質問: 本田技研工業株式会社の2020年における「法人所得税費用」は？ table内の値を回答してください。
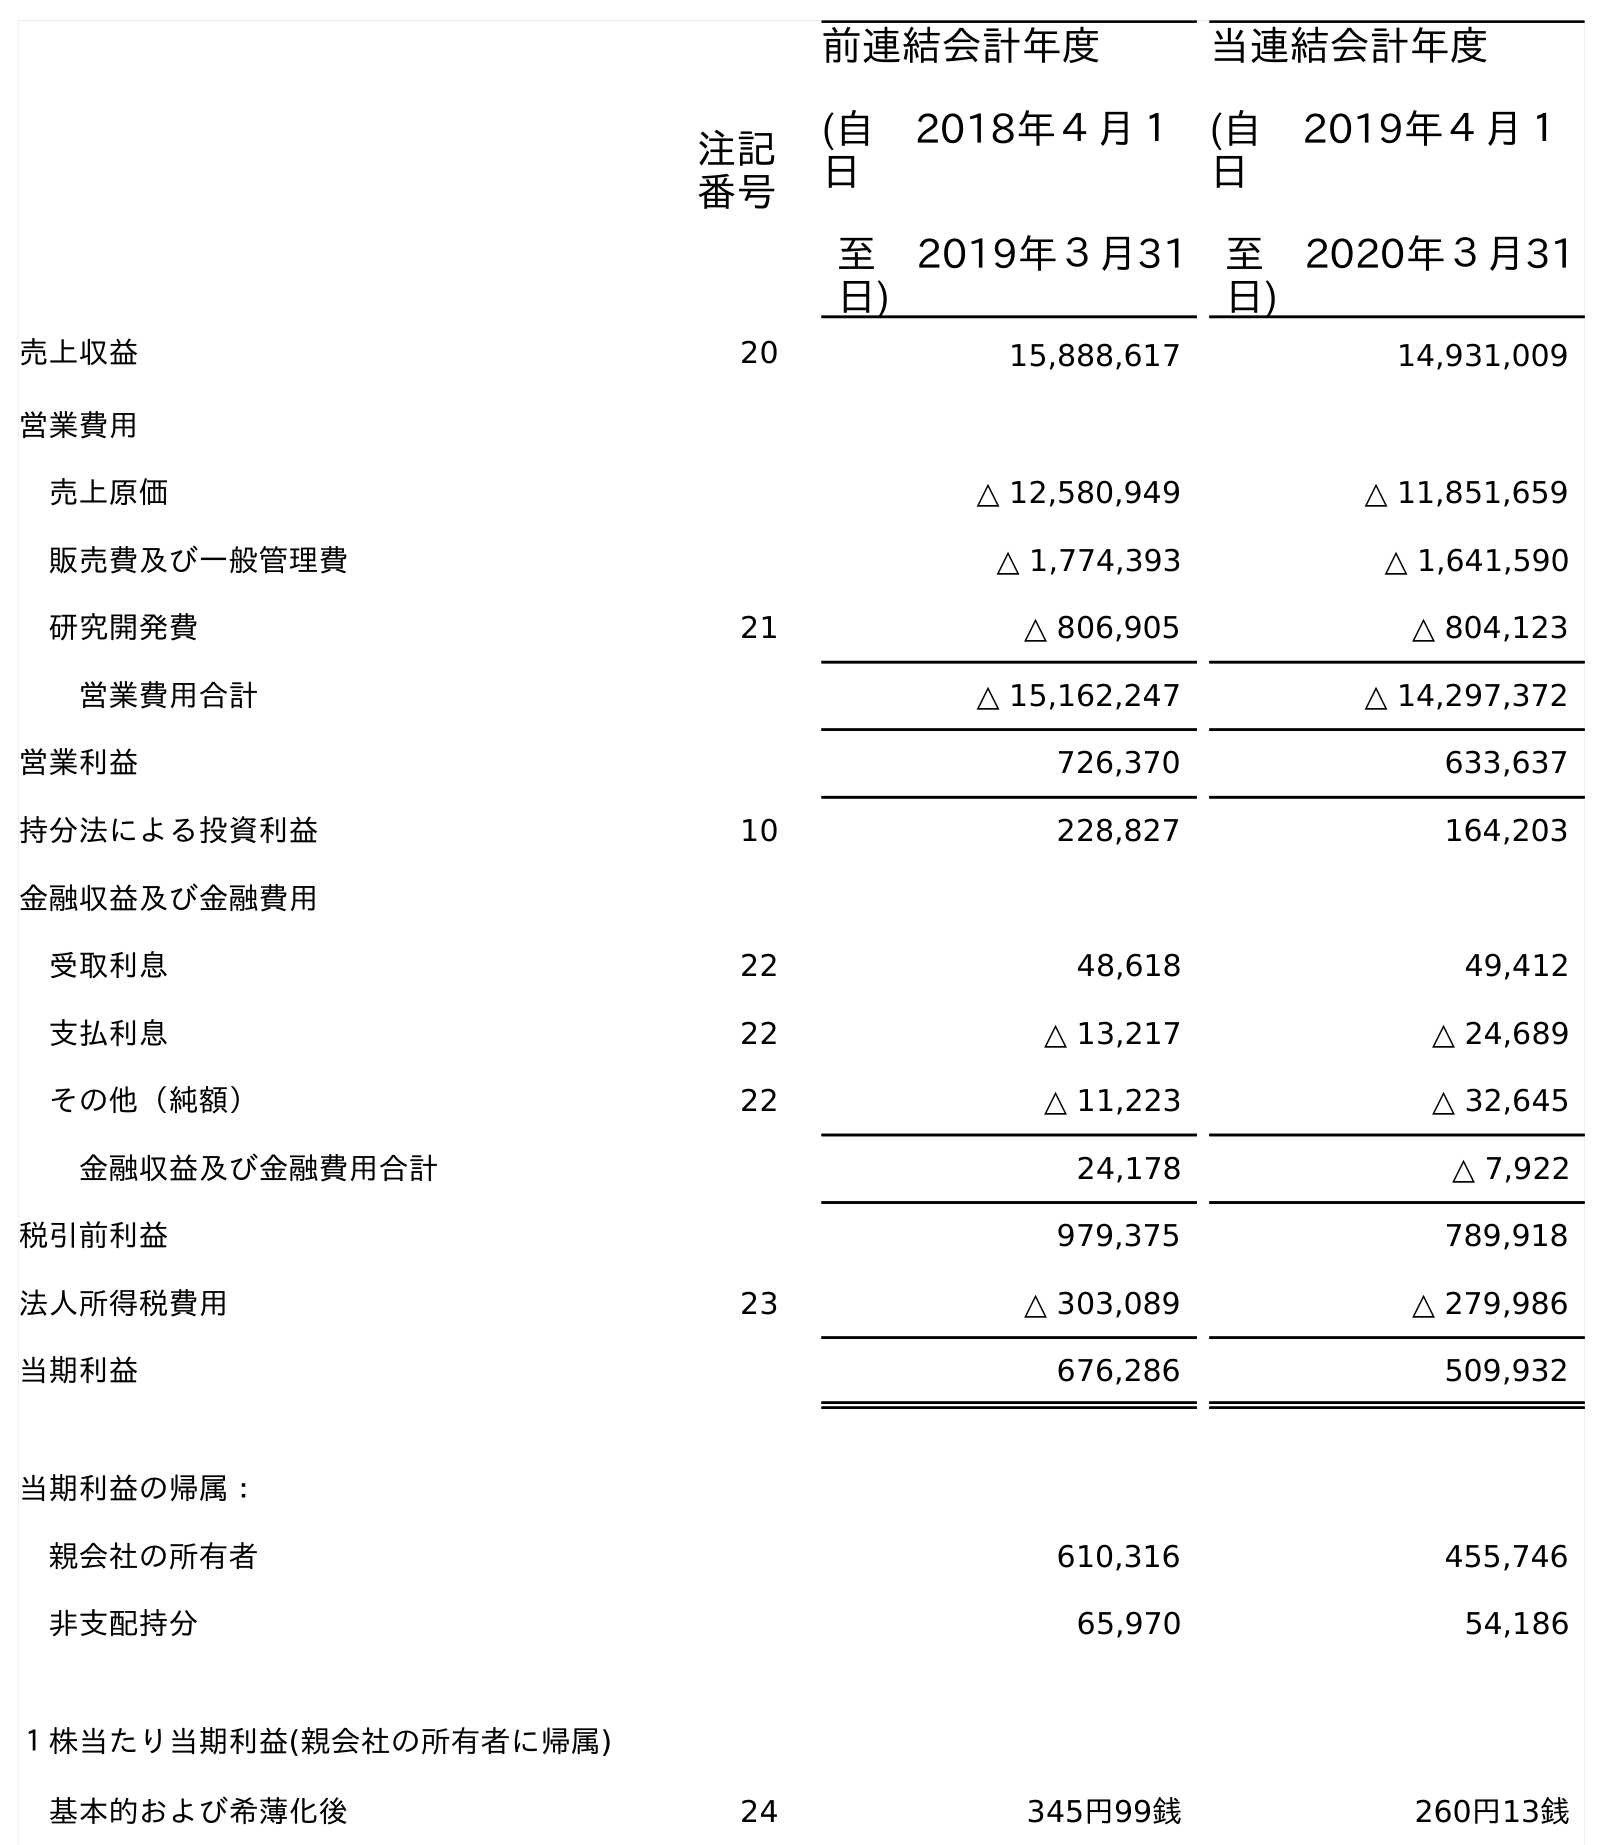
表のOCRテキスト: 注記 番号 前連結会計年度 (自 2018年４月１ 日 至 2019年３月31 日) 当連結会計年度 (自 2019年４月１ 日 至 2020年３月31 日) 売上収益 20 15,888,617 14,931,009 営業費用 売上原価 △ 12,580,949 △ 11,851,659 販売費及び一般管理費 △ 1,774,393 △ 1,641,590 研究開発費 21 △ 806,905 △ 804,123 営業費用合計 △ 15,162,247 △ 14,297,372 営業利益 726,370 633,637 持分法による投資利益 10 228,827 164,203 金融収益及び金融費用 受取利息 22 48,618 49,412 支払利息 22 △ 13,217 △ 24,689 その他（純額） 22 △ 11,223 △ 32,645 金融収益及び金融費用合計 24,178 △ 7,922 税引前利益 979,375 789,918 法人所得税費用 23 △ 303,089 △ 279,986 当期利益 676,286 509,932 当期利益の帰属： 親会社の所有者 610,316 455,746 非支配持分 65,970 54,186 １株当たり当期利益(親会社の所有者に帰属) 基本的および希薄化後 24 345円99銭 260円13銭
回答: △279,986